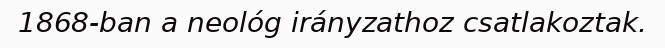
1868-ban a neológ irányzathoz csatlakoztak.